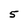
Character: 5